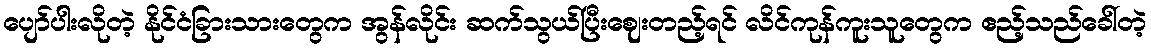
ပျော်ပါးလိုတဲ့ နိုင်ငံခြားသားတွေက အွန်လိုင်း ဆက်သွယ်ပြီးဈေးတည့်ရင် လိင်ကုန်ကူးသူတွေက ဧည့်သည်ခေါ်တဲ့